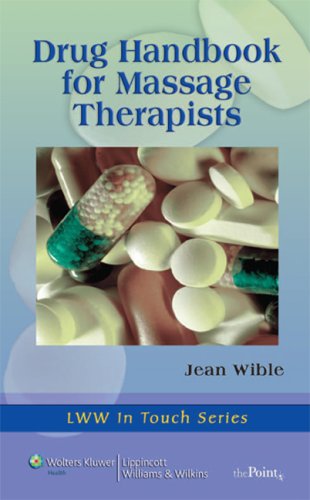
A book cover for Drug Handbook for Massage Therapists (LWW In Touch Series); Jean M. Wible RN  BSN  NCTMB  CHTP; Health, Fitness & Dieting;